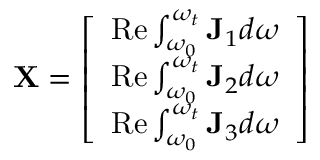
\mathbf { X } = { \left[ \begin{array} { l } { \operatorname { R e } \int _ { \omega _ { 0 } } ^ { \omega _ { t } } \mathbf { J } _ { 1 } d \omega } \\ { \operatorname { R e } \int _ { \omega _ { 0 } } ^ { \omega _ { t } } \mathbf { J } _ { 2 } d \omega } \\ { \operatorname { R e } \int _ { \omega _ { 0 } } ^ { \omega _ { t } } \mathbf { J } _ { 3 } d \omega } \end{array} \right] }